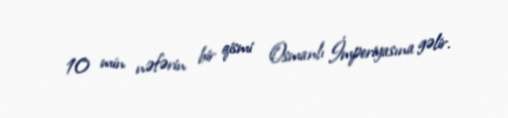
10 min nəfərin bir qismi Osmanlı İmperiyasına gəlir.